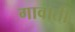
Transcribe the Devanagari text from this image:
गावाती